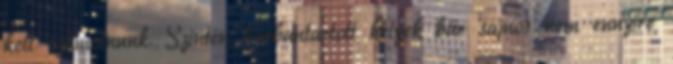
kell számolnunk. Szintén karbantartott helyek bár sajnos nem ennyire